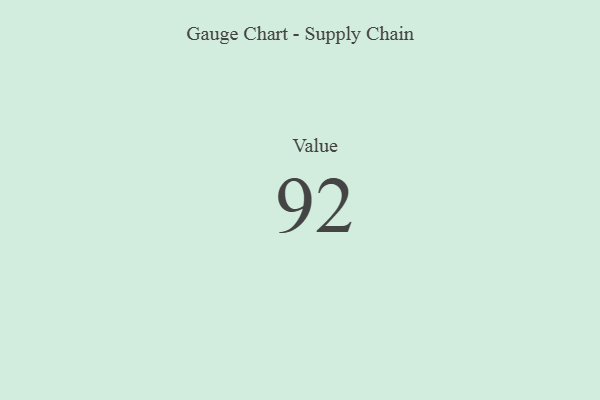
{"axis": {"x": "Metric", "y": "Value"}, "legend": [""], "data": [{"x": "Value", "y": 92, "type": ""}]}